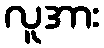
လူအား